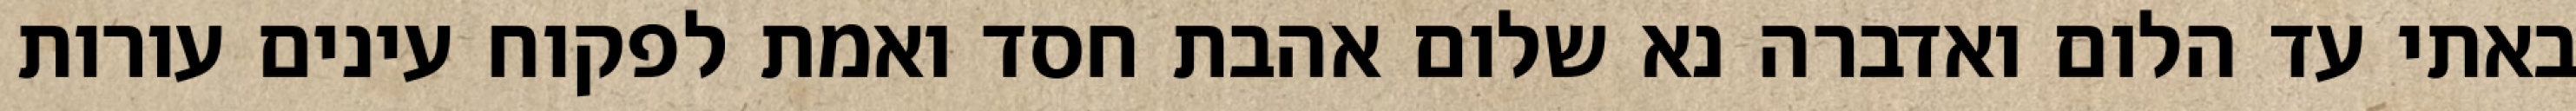
באתי עד הלום ואדברה נא שלום אהבת חסד ואמת לפקוח עינים עורות